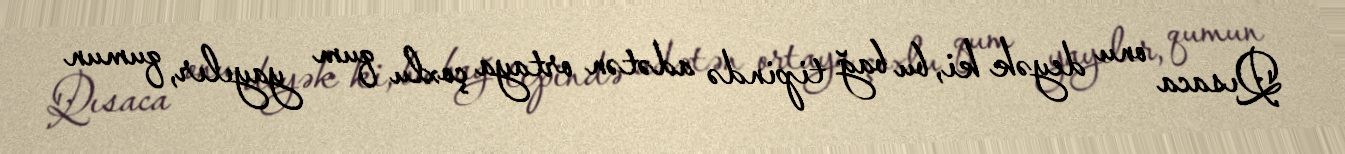
Qısaca onu deyək ki, bu bağ tipində adətən ortaya çoxlu qum yayılır, qumun